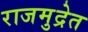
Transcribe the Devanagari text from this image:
राजमुद्रेत